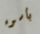
بأسوء